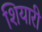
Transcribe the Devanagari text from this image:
शियारी